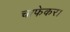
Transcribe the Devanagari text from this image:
चाफेकर।